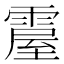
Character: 𩄌